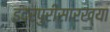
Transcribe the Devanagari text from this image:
इंद्रपुरीसारख्या